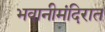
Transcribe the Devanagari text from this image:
भवानीमंदिरात